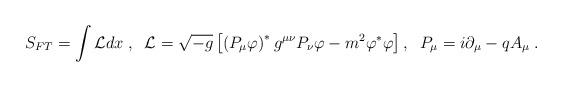
LaTeX: \begin{align*}S_{FT}=\int {\cal L}dx\;,\;\;{\cal L}=\sqrt{-g}\left[ \left( P_{\mu }\varphi\right) ^{\ast }g^{\mu \nu }P_{\nu }\varphi -m^{2}\varphi ^{\ast }\varphi \right] ,\;\;P_{\mu }=i\partial _{\mu }-qA_{\mu }\;. \end{align*}